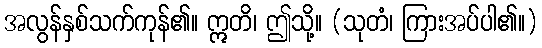
အလွန်နှစ်သက်ကုန်၏။ ဣတိ၊ ဤသို့။ (သုတံ၊ ကြားအပ်ပါ၏။)